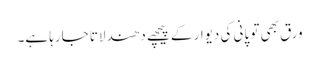
ورق بھی تو پانی کی دیوار کے پیچھے دھندلاتا جارہا ہے۔